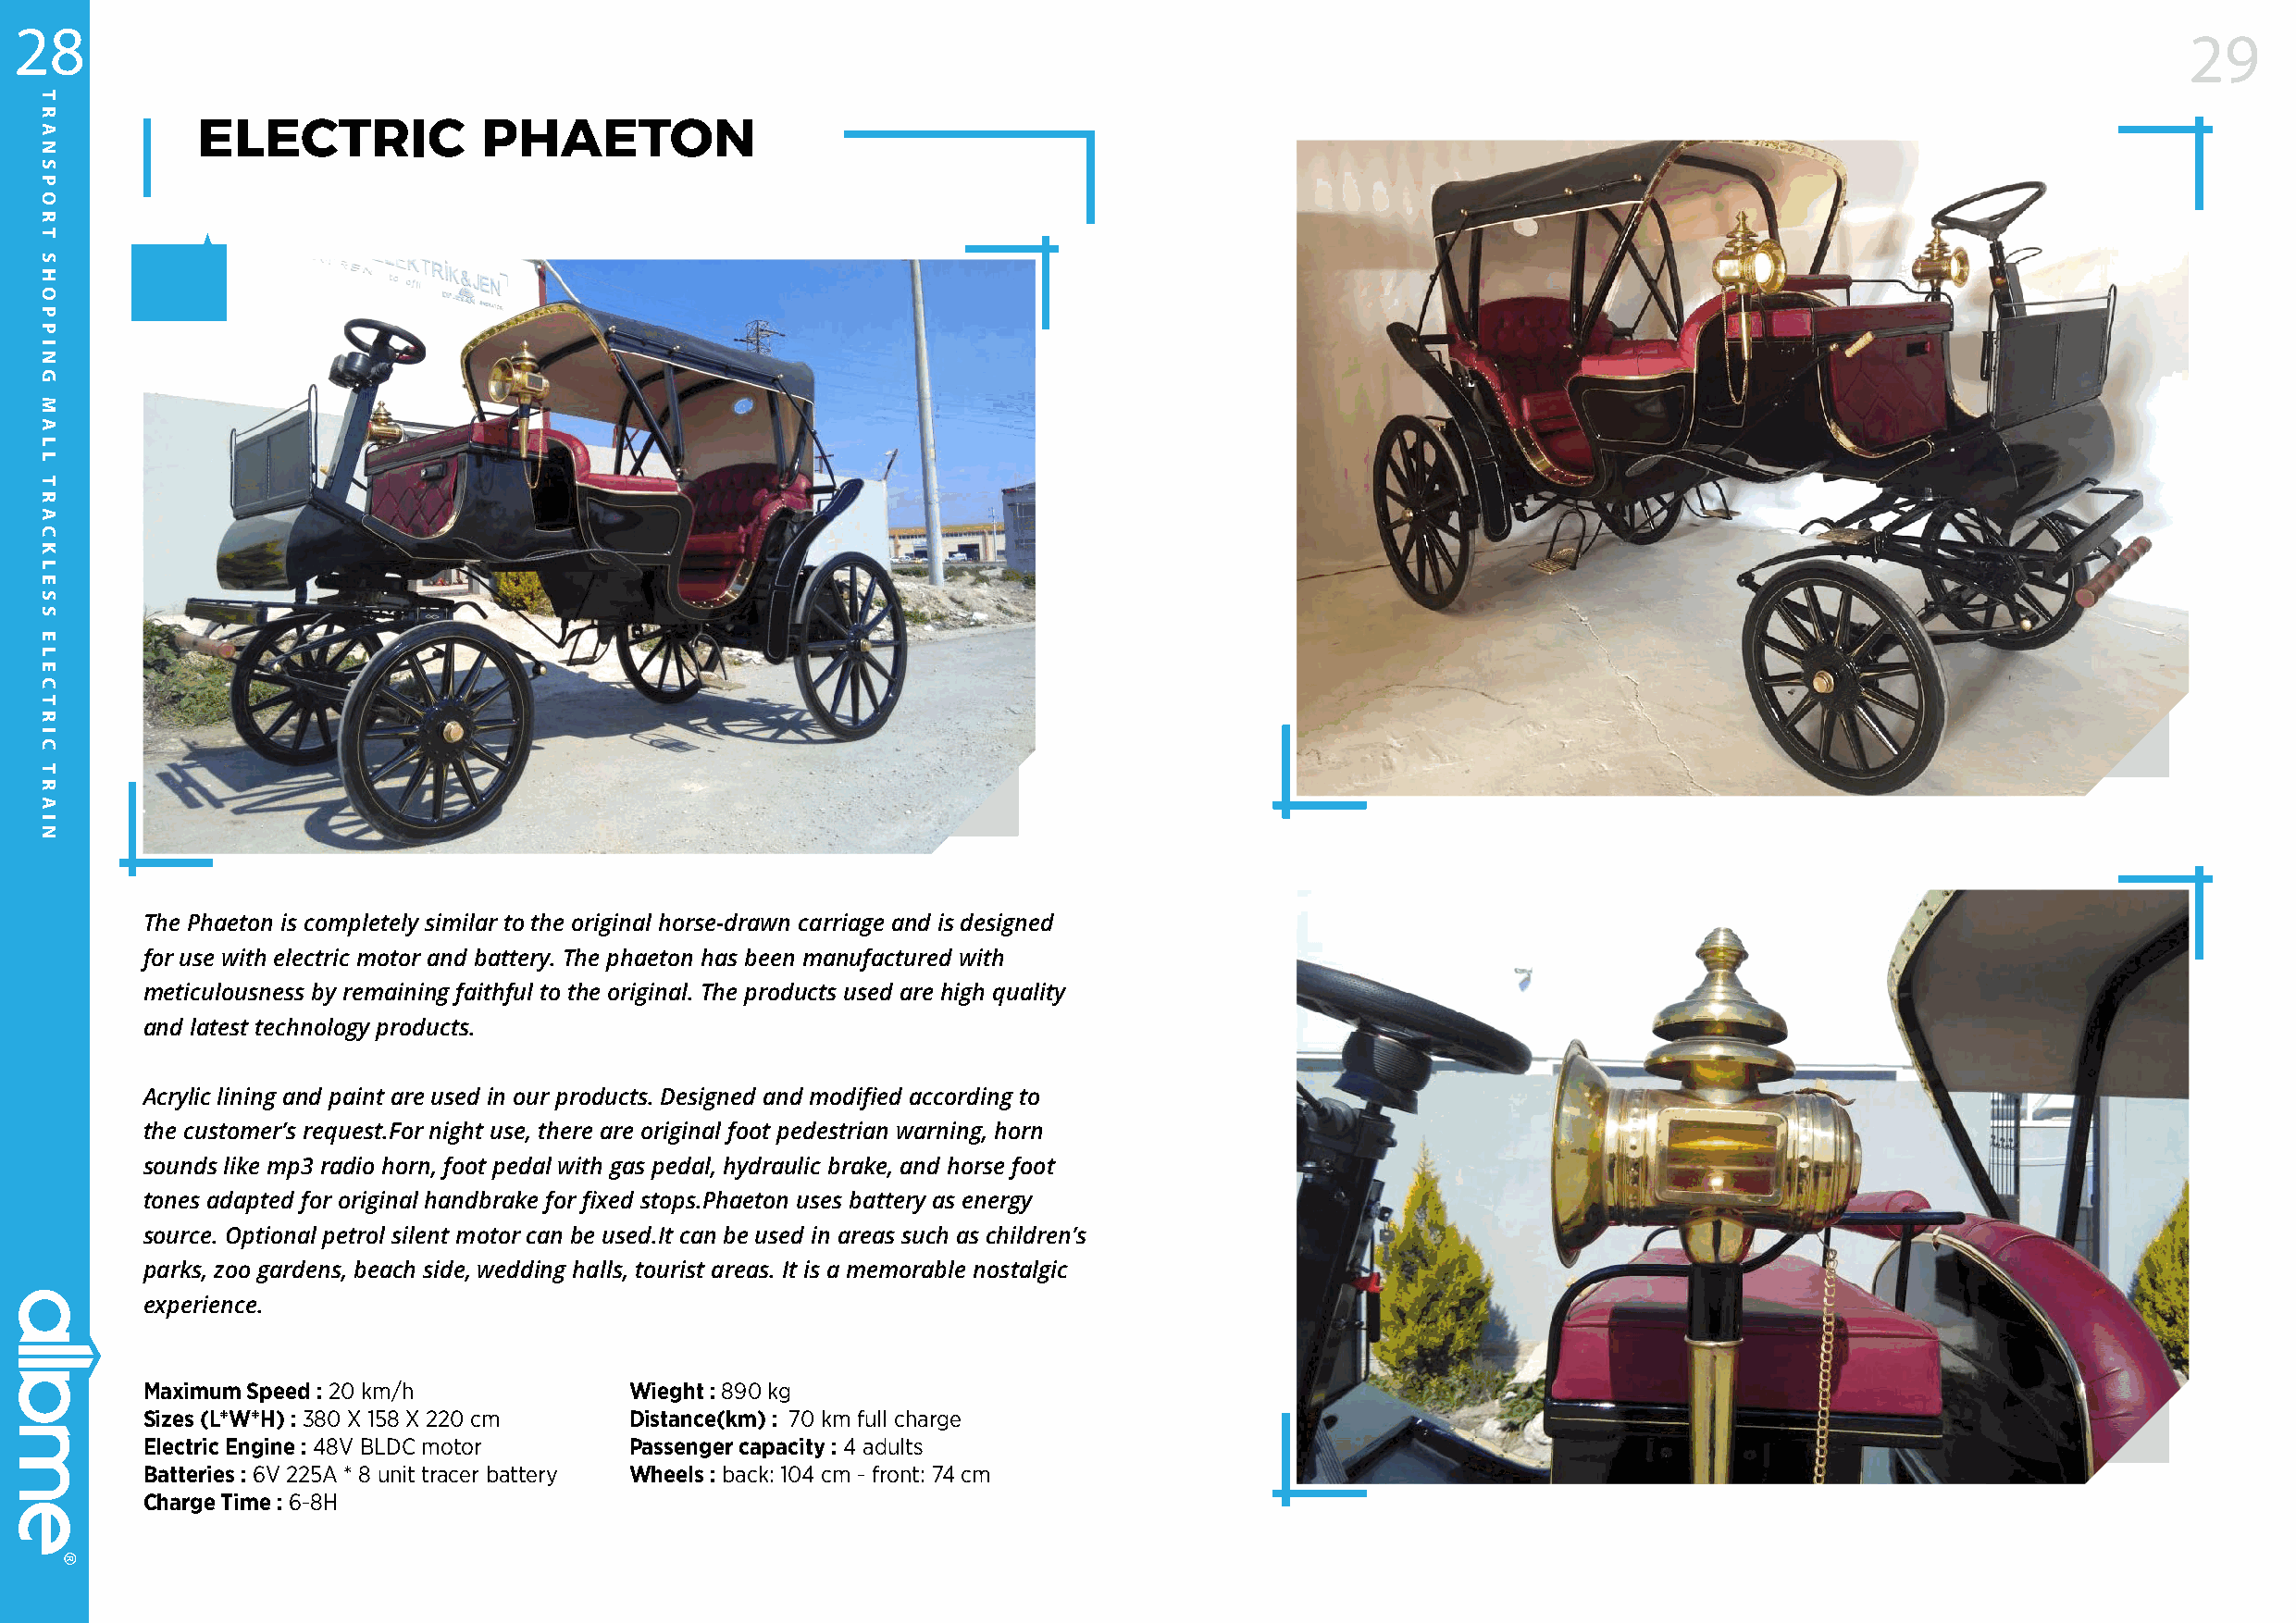
28
 29
 ELECTRIC            PhAETON
 The Phaeton is completely similar to the original horse-drawn carriage and is designed
 for use with electric motor and battery. The phaeton has been manufactured with
 meticulousness by remaining faithful to the original. The products used are high quality
 and latest technology products.
 Acrylic lining and paint are used in our products. Designed and modified according to
 the customer’s request.For night use, there are original foot pedestrian warning, horn
 sounds like mp3 radio horn, foot pedal with gas pedal, hydraulic brake, and horse foot
 tones adapted for original handbrake for fixed stops.Phaeton uses battery as energy
 source. Optional petrol silent motor can be used.It can be used in areas such as children’s
 parks, zoo gardens, beach side, wedding halls, tourist areas. It is a memorable nostalgic
 experience.
 Maximum Speed : 20 km/h            Wieght : 890 kg
 Sizes (L*W*H) : 380 X 158 X 220 cm Distance(km) : 70 km full charge
 Electric Engine : 48V BLDC motor   Passenger capacity : 4 adults
 Batteries : 6V 225A * 8 unit tracer battery Wheels : back: 104 cm - front: 74 cm
 Charge Time : 6-8H
 TRANSPORT
 SHOPPING
 MALL
 TRACKLESS
 ELECTRIC
 TRAIN